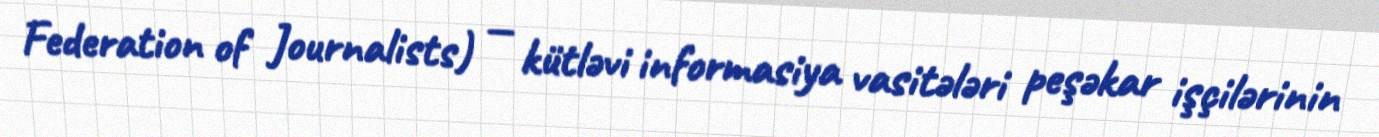
Federation of Journalists) — kütləvi informasiya vasitələri peşəkar işçilərinin